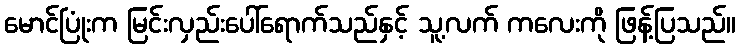
မောင်ပြုံးက မြင်းလှည်းပေါ်ရောက်သည်နှင့် သူ့လက် ကလေးကို ဖြန့်ပြသည်။